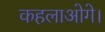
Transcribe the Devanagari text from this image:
कहलाओगे।